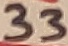
Text: 33